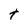
Character: t